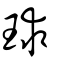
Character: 球